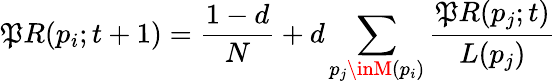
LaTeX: \mathfrak{P}R(p_{i};t+1)={\frac{{1-d}}{{N}}}+d\sum_{p_{j}\inM(p_{i})}{\frac{{\mathfrak{P}R(p_{j};t)}}{{L(p_{j})}}}